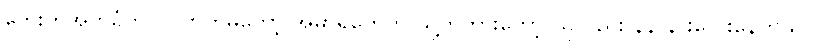
ဘေးကအုတ်ခုံကို ဝင်တိုက်မိတော့ အဲမှာရဲတွေက သူ့ကိုတားတော့ သူလည်း နဲနဲ နားလေးနေတယ်။